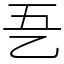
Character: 㐏